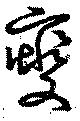
変